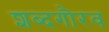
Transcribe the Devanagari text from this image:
शब्दगौरव